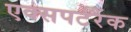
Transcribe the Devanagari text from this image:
एक्सपर्टरैंक